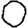
Digit: 0